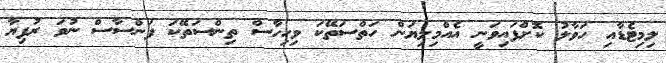
ލިމިޓެޑާއި ހަވާލު ކޮށްފައިވަނީ އެއްމިލިޔަން ހަތްސަތޭކަ ވިހިހާސް ތިންސަތޭކަ ފަންސާސް ނުވަ ރުފިޔާ